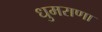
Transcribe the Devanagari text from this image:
धुमराणा